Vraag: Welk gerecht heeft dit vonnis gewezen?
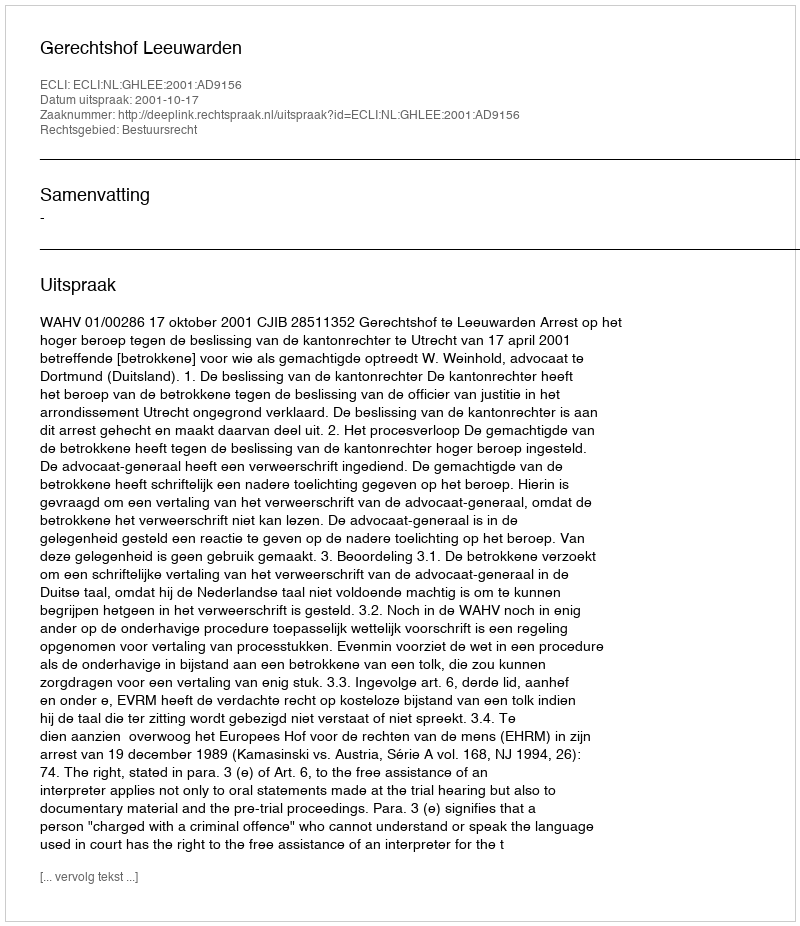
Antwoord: Gerechtshof Leeuwarden